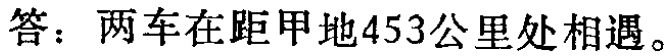
答：两车在距甲地453公里处相遇。